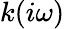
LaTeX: k(i\omega)